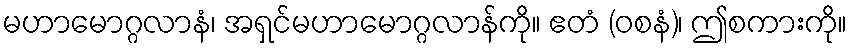
မဟာမောဂ္ဂလာနံ၊ အရှင်မဟာမောဂ္ဂလာန်ကို။ ဧတံ (ဝစနံ)၊ ဤစကားကို။